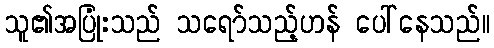
သူ၏အပြုံးသည် သရော်သည့်ဟန် ပေါ်နေသည်။